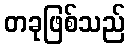
တခုဖြစ်သည်